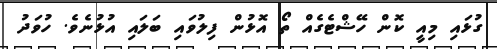
ގުޅައި މިއީ ކޮން ހޭޝްޓެގެއް ތޯ އޮޅުން ފިލުވައި ބަލައި އުޅުނެވެ. ހުވަދު